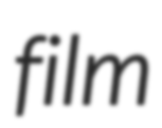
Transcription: film